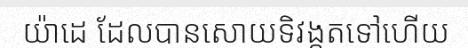
យ៉ាដេ ដែលបានសោយទិវង្គតទៅហើយ